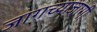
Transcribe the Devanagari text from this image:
जागच्याजागी